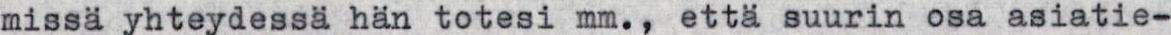
missä yhteydessä hän totesi mm., että suurin osa asiatie-